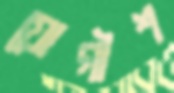
যোগীশ